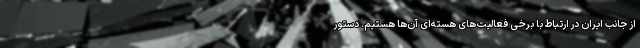
از جانب ایران در ارتباط با برخی فعالیت‌های هسته‌ای آن‌ها هستیم. دستور